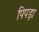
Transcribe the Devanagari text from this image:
पिपड़ा